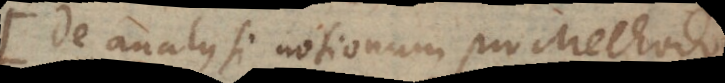
De analysi notionum pro Methodo